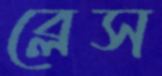
ব্লেস